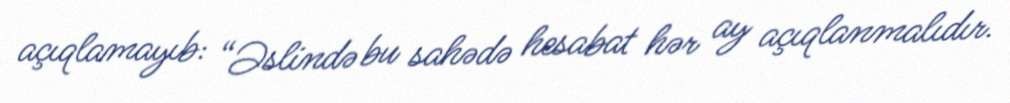
açıqlamayıb: “Əslində bu sahədə hesabat hər ay açıqlanmalıdır.